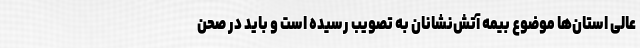
عالی استان‌ها موضوع بیمه آتش‌نشانان به تصویب رسیده است و باید در صحن